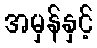
အမှန်နှင့်